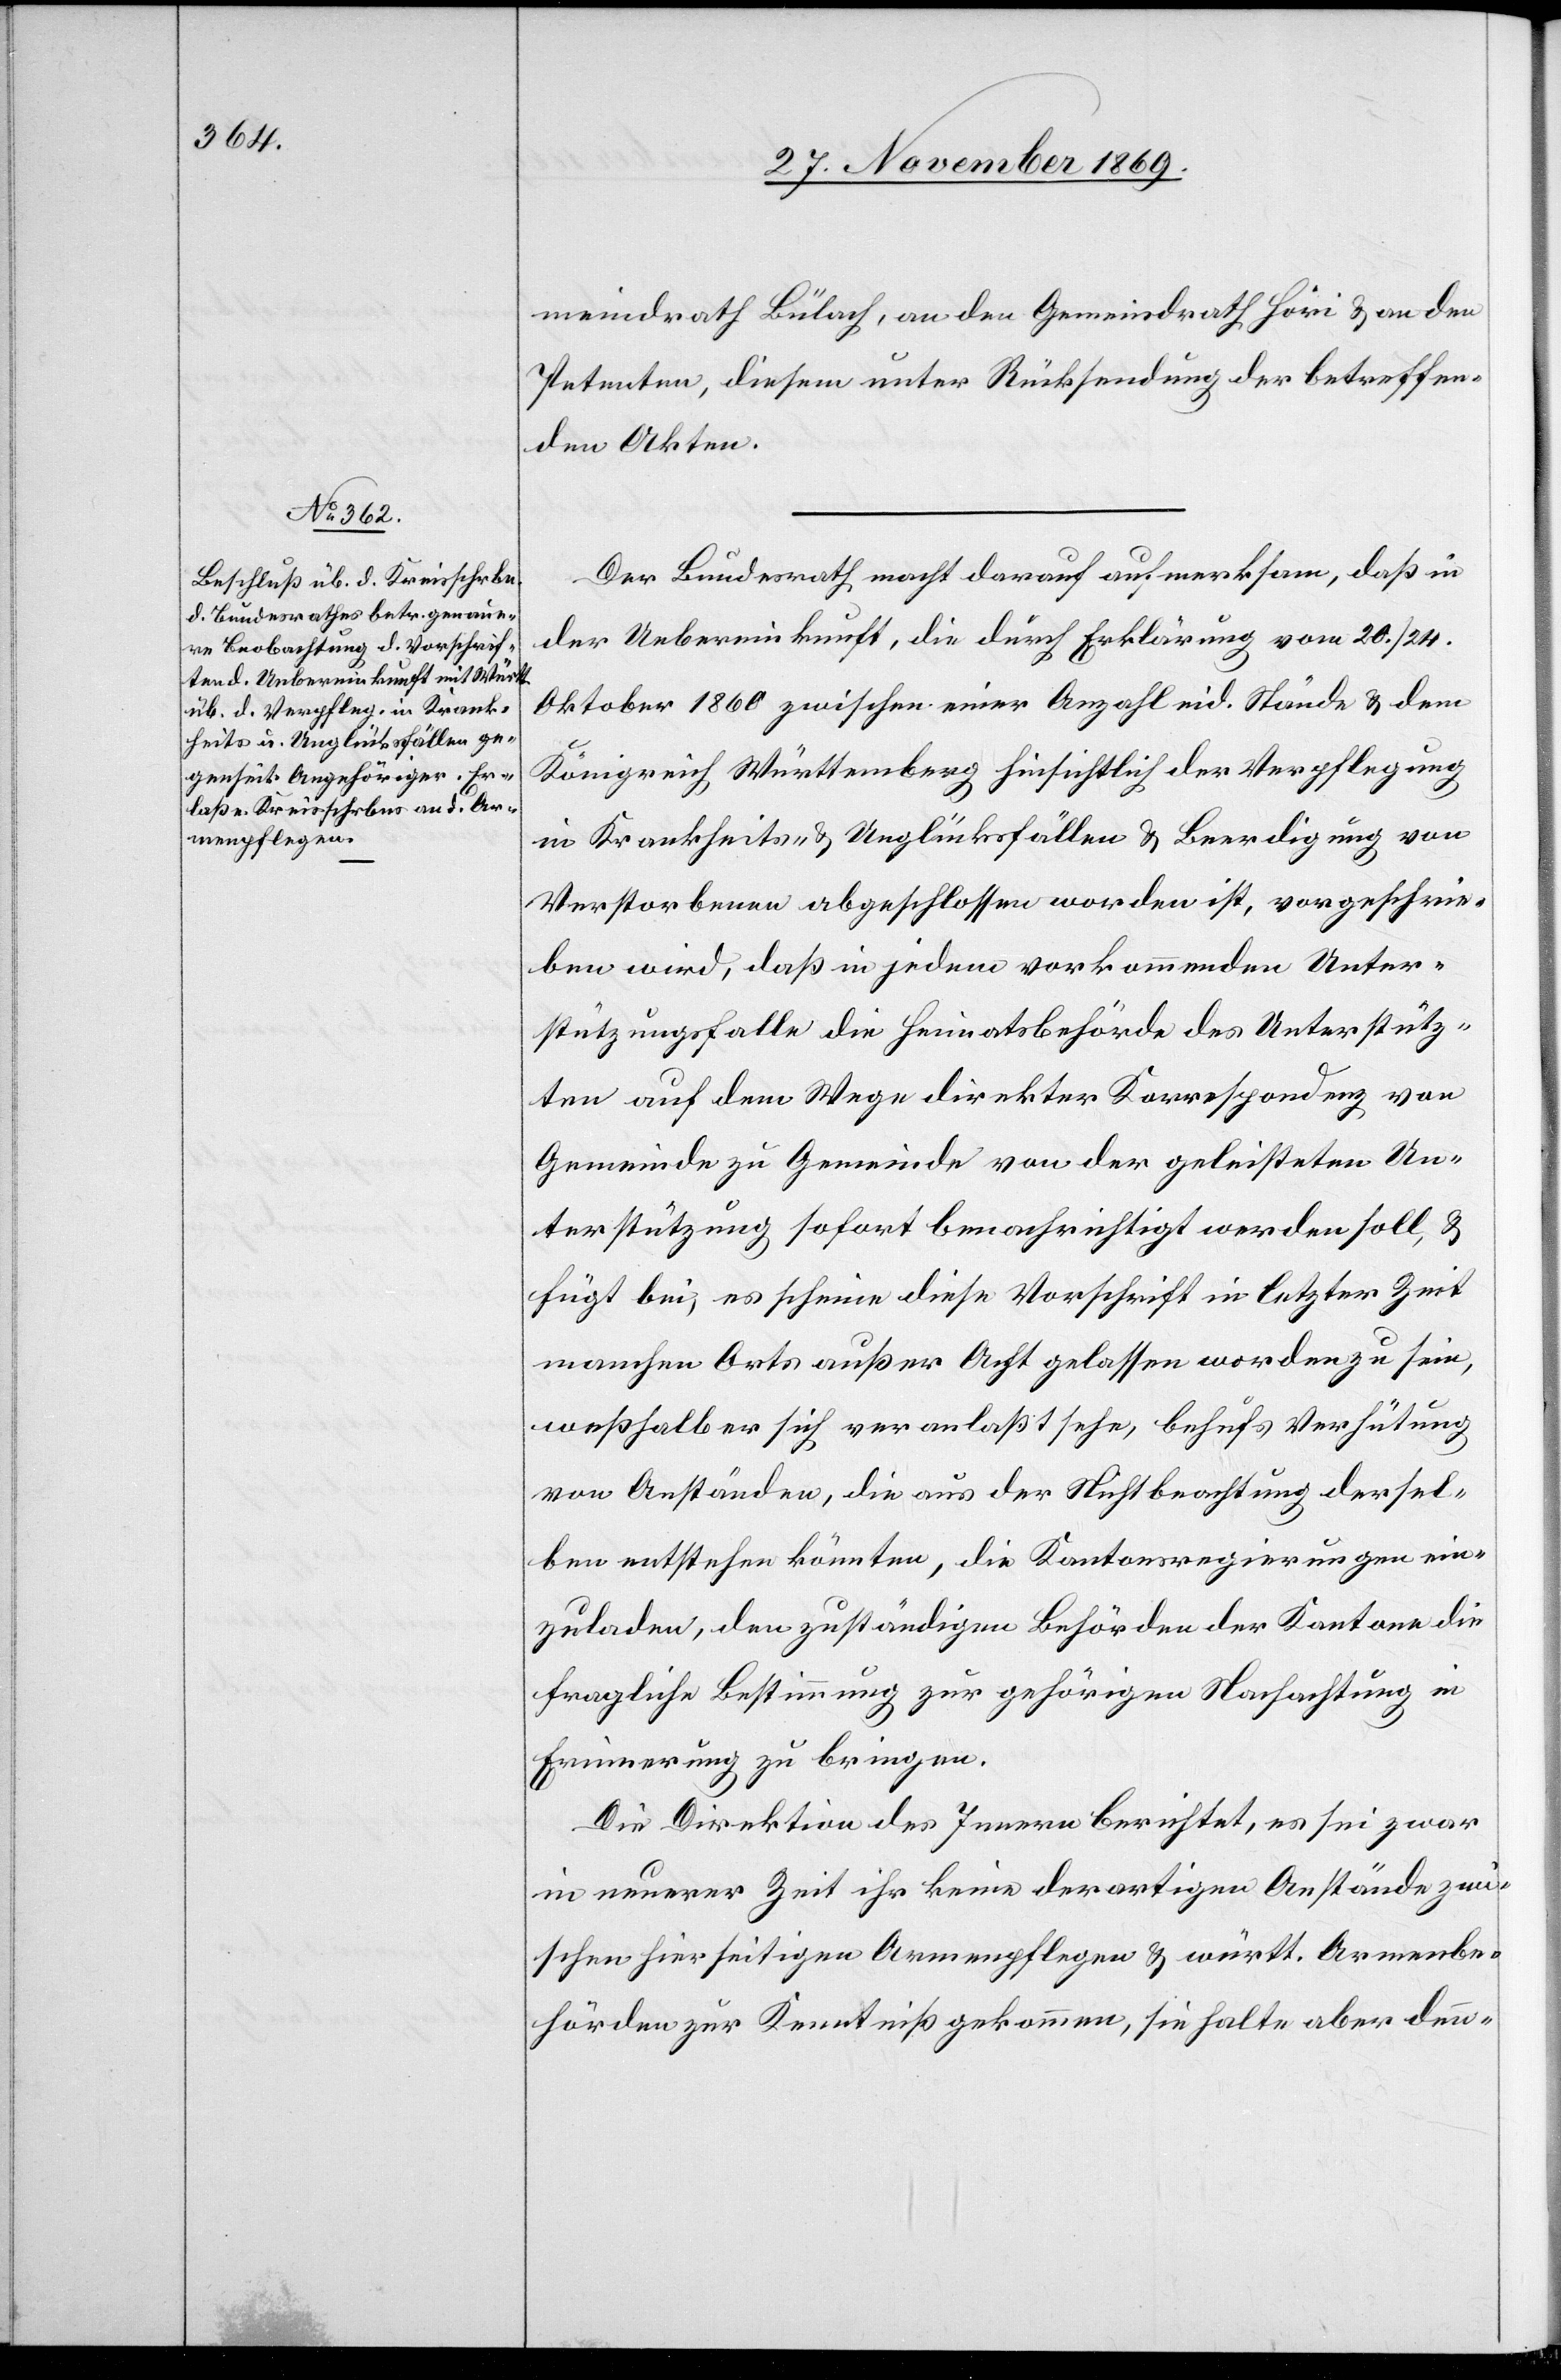
meindrath Bülach, an den Gemeindrath Höri & an den
Petenten, diesem unter Rücksendung der betreffen¬
den Akten.
Der Bundesrath macht darauf aufmerksam, daß in
der Uebereinkunft, die durch Erklärung vom 20./24.
Oktober 1860 zwischen einer Anzahl eid. Stände & dem
Königreich Württemberg hinsichtlich der Verpflegung
in Krankheits- & Unglücksfällen & Beerdigung von
Verstorbenen abgeschlossen worden ist, vorgeschrie¬
ben wird, daß in jedem vorkommenden Unter¬
stützungsfalle die Heimatsbehörde des Unterstütz¬
ten auf dem Wege direkter Korrespondenz von
Gemeinde zu Gemeinde von der geleisteten Un¬
terstützung sofort benachrichtigt werden soll, &
fügt bei, es scheine diese Vorschrift in letzter Zeit
manchen Orts außer Acht gelassen worden zu sein,
weßhalb er sich veranlaßt sehe, behufs Verhütung
von Anständen, die aus der Nichtbeachtung dersel¬
ben entstehen könnten, die Kantonsregierungen ein¬
zuladen, den zuständigen Behörden der Kantone die
fragliche Bestimmung zur gehörigen Nachachtung in
Erinnerung zu bringen.
Die Direktion des Innern berichtet, es sei[en] zwar
in neuerer Zeit ihr keine derartigen Anstände zwi¬
schen hierseitigen Armenpflegen & württ. Armenbe¬
hörden zur Kenntniß gekommen, sie halte aber denn-